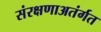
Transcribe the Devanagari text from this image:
संरक्षणाअतंर्गत